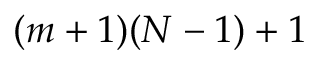
( m + 1 ) ( N - 1 ) + 1